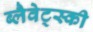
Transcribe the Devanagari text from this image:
ब्लैवेट्स्की